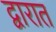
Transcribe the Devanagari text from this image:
द्वारात